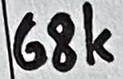
Text: 68K